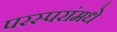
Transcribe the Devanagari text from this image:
परस्‍परांमधे